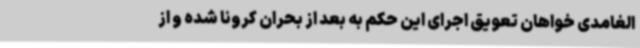
الغامدی خواهان تعویق اجرای این حکم به بعد از بحران کرونا شده و از